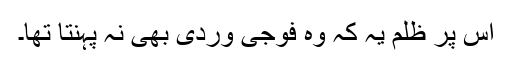
اس پر ظلم یہ کہ وہ فوجی وردی بھِی نہ پہنتا تھا۔